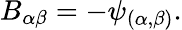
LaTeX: B_{\alpha\beta}=-\psi_{(\alpha,\beta)}.